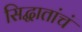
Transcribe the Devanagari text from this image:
सिद्धातांचं